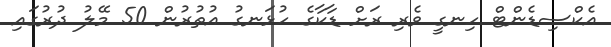
އެކްސިޑެންޓް ހިނގީ ވެރި ރަށް ޑާކާގެ ހުޅަނގު އުތުރުން 50 މޭލު ދުރުގައި